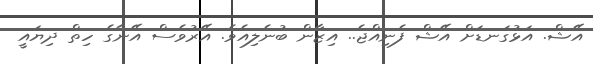
އޭޝް. އަޅުގަނޑަށް އޭޝް ފެނިއްޖެ.. އިޒާން ބުނެލިއެވެ. އޭރުވެސް އޭނާގެ ހިތް ދިޔައީ